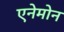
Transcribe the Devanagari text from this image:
एनेमोन